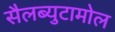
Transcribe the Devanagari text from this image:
सैलब्युटामोल